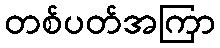
တစ်ပတ်အကြာ